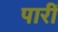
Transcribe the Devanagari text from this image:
पारीं